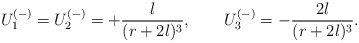
\begin{align*}U_1^{(-)}=U_2^{(-)}=+\frac{l}{(r+2l)^3},\qquad U_3^{(-)}=-\frac{2l}{(r+2l)^3}.\end{align*}